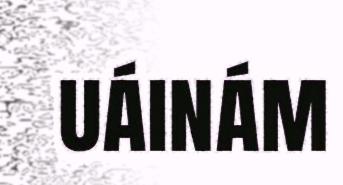
uáinám